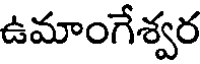
ఉమాంగేశ్వర